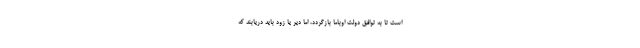
است تا به توافق دولت اوباما بازگردد، اما دیر یا زود باید دریابند که